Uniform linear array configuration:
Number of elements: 16
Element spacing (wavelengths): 0.75
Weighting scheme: binomial
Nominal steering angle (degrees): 60
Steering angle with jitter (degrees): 59.003
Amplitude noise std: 0.05
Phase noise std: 0.05

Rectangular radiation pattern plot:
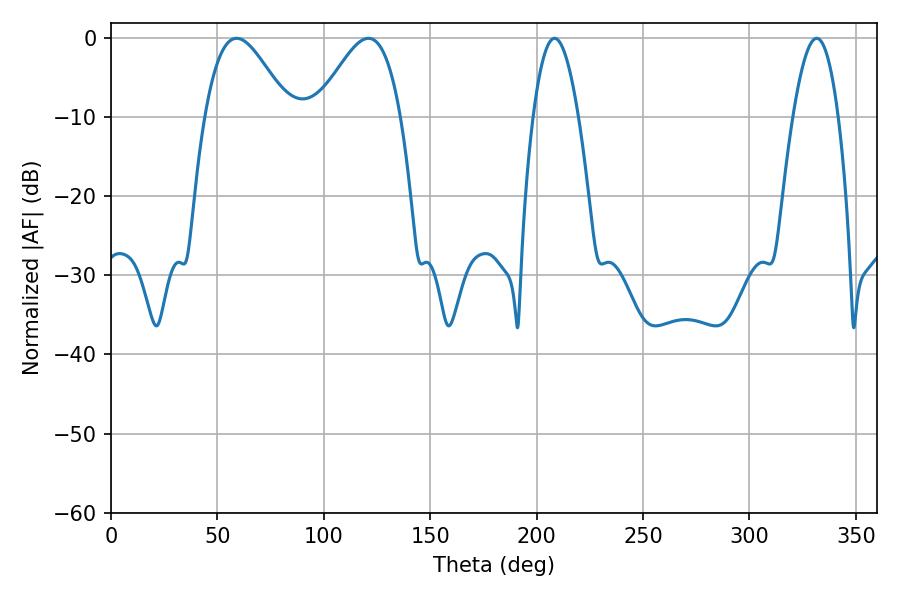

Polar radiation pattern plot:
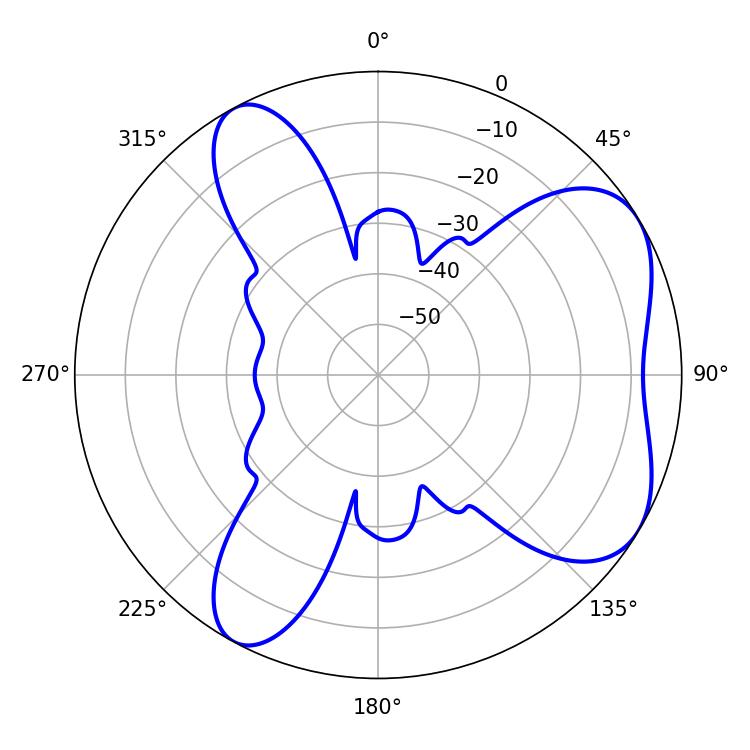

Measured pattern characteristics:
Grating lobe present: TRUE
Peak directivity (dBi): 5.812
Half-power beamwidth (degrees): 21.06
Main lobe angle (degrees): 59.04